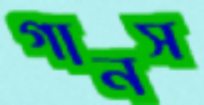
গানস